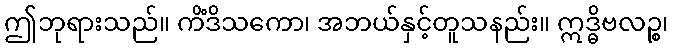
ဤဘုရားသည်။ ကိံဒိသကော၊ အဘယ်နှင့်တူသနည်း။ ဣဒ္ဓိဗလဉ္စ၊